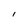
Character: I